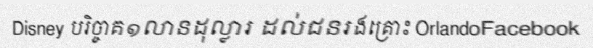
Disney បរិច្ចាគ១លានដុល្លារ ដល់ជនរងគ្រោះ OrlandoFacebook